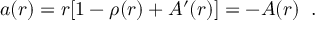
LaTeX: a ( r ) = r [ 1 - \rho ( r ) + A ^ { \prime } ( r ) ] = - A ( r ) \; \; .